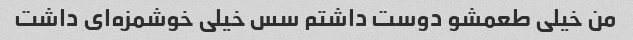
من خیلی طعمشو دوست داشتم سس خیلی خوشمزه‌ای داشت